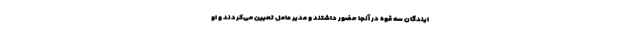
ایندگان سه قوه در آنجا حضور داشتند و مدیر عامل تعیین می‌کردند و او